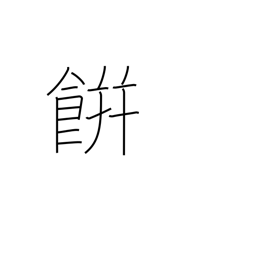
Meaning: rice cake